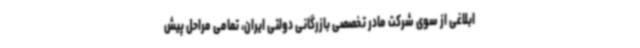
ابلاغی از سوی شرکت مادر تخصصی بازرگانی دولتی ایران، تمامی مراحل پیش